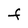
Character: F